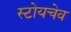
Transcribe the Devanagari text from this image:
स्टोयचेव